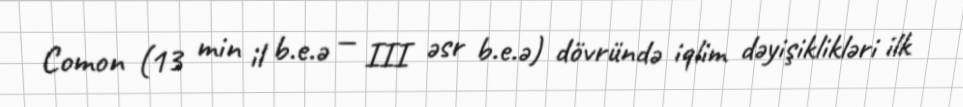
Comon (13 min il b.e.ə — III əsr b.e.ə) dövründə iqlim dəyişiklikləri ilk